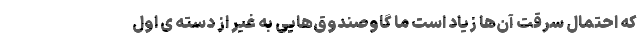
که احتمال سرقت آن­ها زیاد است ما گاوصندوق­هایی به غیر از دسته­ ی اول